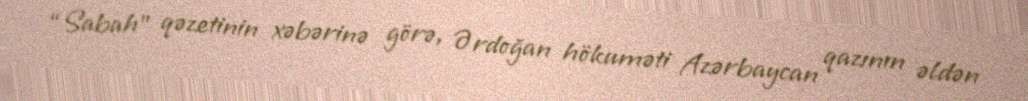
“Sabah” qəzetinin xəbərinə görə, Ərdoğan hökuməti Azərbaycan qazının əldən